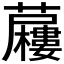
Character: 𮓍